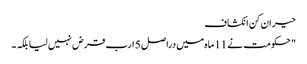
حیران کن انکشاف
" حکومت نے 11 ماہ میں دراصل 5 ارب قرض نہیں لیا بلکہ ۔